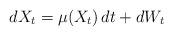
LaTeX: \begin{align*}dX_t = \mu(X_t)\, dt + dW_t\end{align*}